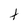
Character: t